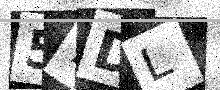
Text: 57DL